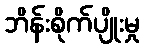
ဘိန်းစိုက်ပျိုးမှု